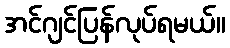
အင်ဂျင်ပြန်လုပ်ရမယ်။